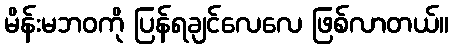
မိန်းမဘဝကို ပြန်ရချင်လေလေ ဖြစ်လာတယ်။